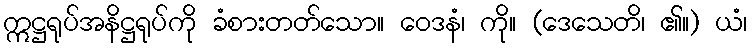
ဣဋ္ဌရုပ်အနိဋ္ဌရုပ်ကို ခံစားတတ်သော။ ဝေဒနံ၊ ကို။ (ဒေသေတိ၊ ၏။) ယံ၊